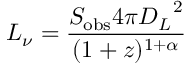
L _ { \nu } = { \frac { S _ { \mathrm { o b s } } 4 \pi { D _ { L } } ^ { 2 } } { ( 1 + z ) ^ { 1 + \alpha } } }